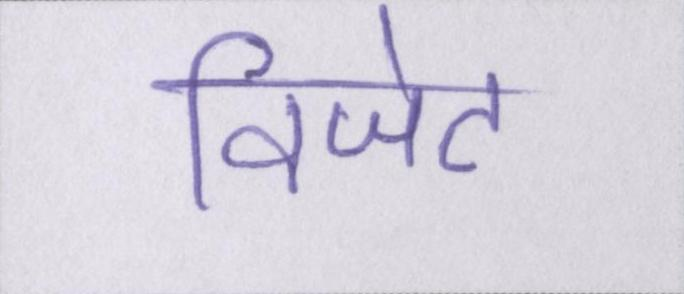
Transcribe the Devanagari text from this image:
विजेट